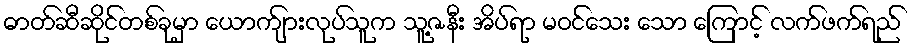
ဓာတ်ဆီဆိုင်တစ်ခုမှာ ယောက်ျားလုပ်သူက သူ့ဇနီး အိပ်ရာ မဝင်သေး သော ကြောင့် လက်ဖက်ရည်